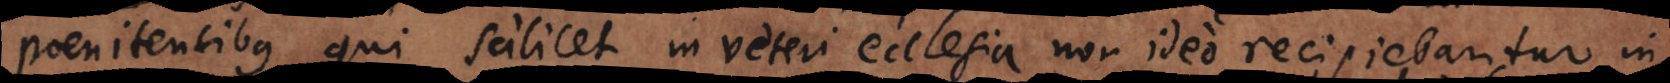
poenitentibus, qui scilicet in veteri ecclesia non ideo recipiebantur in